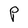
Character: P